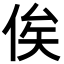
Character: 俟